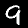
Digit: 9